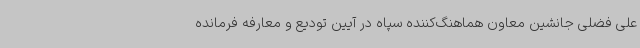
علی فضلی جانشین معاون هماهنگ‌کننده سپاه در آیین تودیع و معارفه فرمانده